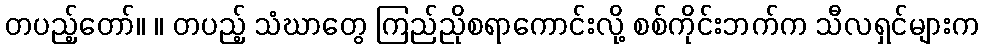
တပည့်တော်။ ။ တပည့် သံဃာတွေ ကြည်ညိုစရာကောင်းလို့ စစ်ကိုင်းဘက်က သီလရှင်များက